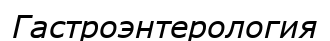
Гастроэнтерология